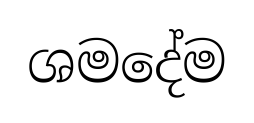
ශමදේම